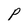
Character: p